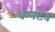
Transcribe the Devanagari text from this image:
कनटव